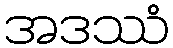
အဒဿံ